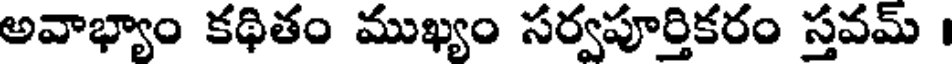
అవాభ్యాం కథితం ముఖ్యం సర్వపూర్తికరం స్తవమ్ ।